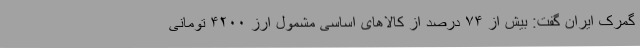
گمرک ایران گفت: بیش از ۷۴ درصد از کالاهای اساسی مشمول ارز ۴۲۰۰ تومانی